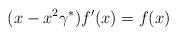
LaTeX: \begin{align*}(x-x^2\gamma^*)f^{\prime}(x)=f(x)\end{align*}